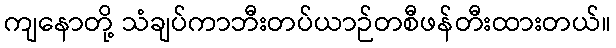
ကျနောတို့ သံချပ်ကာဘီးတပ်ယာဉ်တစီဖန်တီးထားတယ်။